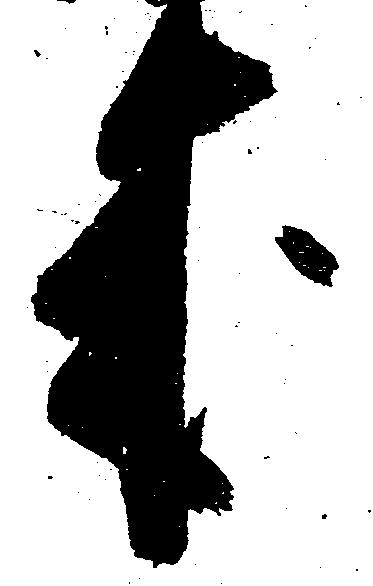
来